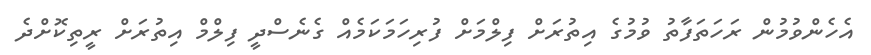
އެހެންވުމުން ރަހަތަފާތު ވުމުގެ އިތުރަށް ފިލްމަށް ފުރިހަމަކަމެއް ގެނެސްދީ ފިލްމް އިތުރަށް ރީތިކޮށްދެ